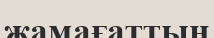
жамағаттың